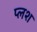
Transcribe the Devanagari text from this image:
प्लश